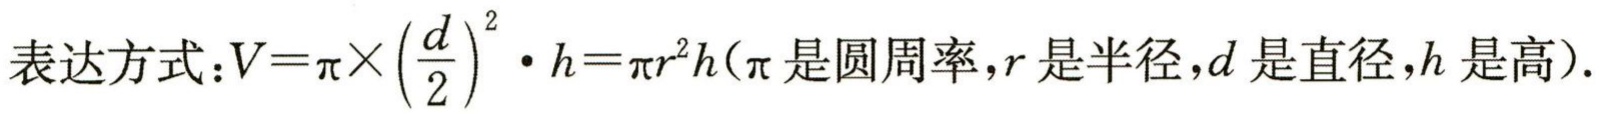
表达方式：\(V = \pi\times\left(\frac{d}{2}\right)^2\cdot h=\pi r^{2}h(\pi 是圆周率，r是半径，d是直径，h是高).\)